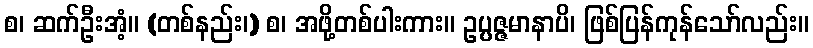
စ၊ ဆက်ဦးအံ့။ (တစ်နည်း၊) စ၊ အဖို့တစ်ပါးကား။ ဥပ္ပဇ္ဇမာနာပိ၊ ဖြစ်ပြန်ကုန်သော်လည်း။